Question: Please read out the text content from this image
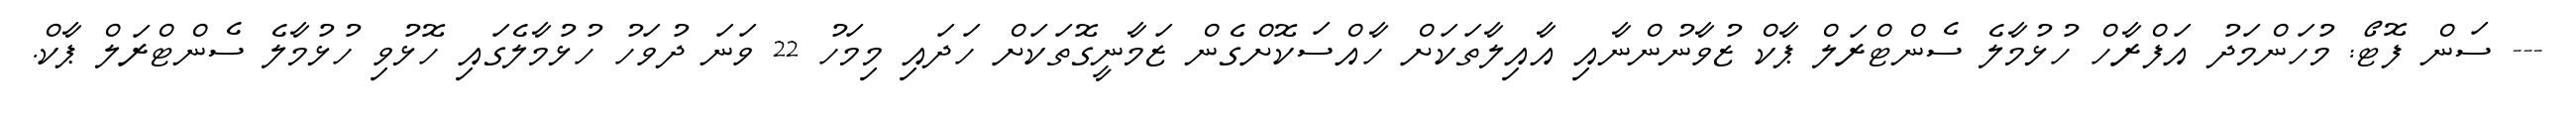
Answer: --- ސަން ފޮޓޯ: މުހަންމަދު އަފްރާހް ހުޅުމާލެ ސެންޓްރަލް ޕާކް ޒުވާނުންނާއި އާއިލާތަކަށް ހާއްސަކޮށްގެން ޒަމާނީގޮތަކަށް ހަދައި މިމަހު 22 ވަނަ ދުވަހު ހުޅުމާލެގައި ހޮޅުވި ހުޅުމާލެ ސެންޓްރަލް ޕާކް.